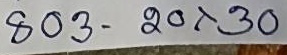
803 - 20 x 30